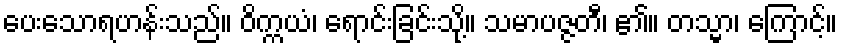
ပေးသောရဟန်းသည်။ ဝိက္ကယံ၊ ရောင်းခြင်းသို့။ သမာပဇ္ဇတီ၊ ၏။ တသ္မာ၊ ကြောင့်။